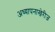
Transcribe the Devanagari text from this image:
अध्यापनाखेरीज